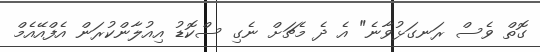
ގޮތް ވެސް ރަނގަޅުވާނެ" އެ ދެ މެޗަށް ނެގި ސްކޮޑު އިއުލާންކުރަން އެފްއޭއެމް